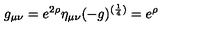
g _ { \mu \nu } = e ^ { 2 \rho } \eta _ { \mu \nu } ( - g ) ^ { ( { \frac { 1 } { 4 } } ) } = e ^ { \rho }